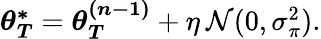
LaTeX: \begin{array}{r}{\boldsymbol{\theta_{T}^{*}}=\boldsymbol{\theta_{T}^{(n-1)}}+\eta\: \mathcal{N}(0,\sigma_{\pi}^{2}).}\end{array}